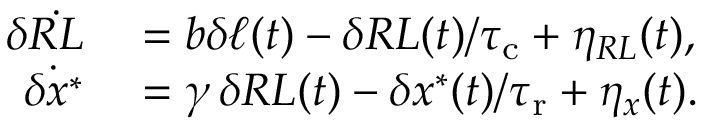
\begin{array} { r l } { \delta \dot { R L } } & { { } = b \delta \ell ( t ) - \delta R L ( t ) / { \tau _ { \mathrm { c } } } + \eta _ { R L } ( t ) , } \\ { \dot { \delta x ^ { * } } } & { { } = \gamma \, \delta R L ( t ) - \delta x ^ { * } ( t ) / { \tau _ { \mathrm { r } } } + \eta _ { x } ( t ) . } \end{array}